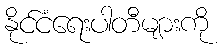
နိုင်ငံရေးပါတီများကို